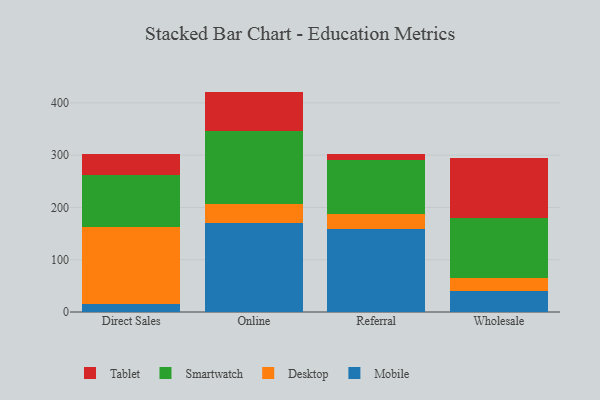
{"axis": {"x": "Channel", "y": "Population (Million)"}, "legend": ["Desktop", "Mobile", "Smartwatch", "Tablet"], "data": [{"x": "Direct Sales", "y": 16.1, "type": "Mobile"}, {"x": "Direct Sales", "y": 145.9, "type": "Desktop"}, {"x": "Direct Sales", "y": 100.7, "type": "Smartwatch"}, {"x": "Direct Sales", "y": 40.0, "type": "Tablet"}, {"x": "Online", "y": 169.4, "type": "Mobile"}, {"x": "Online", "y": 37.2, "type": "Desktop"}, {"x": "Online", "y": 139.0, "type": "Smartwatch"}, {"x": "Online", "y": 75.9, "type": "Tablet"}, {"x": "Referral", "y": 158.2, "type": "Mobile"}, {"x": "Referral", "y": 28.8, "type": "Desktop"}, {"x": "Referral", "y": 103.0, "type": "Smartwatch"}, {"x": "Referral", "y": 11.4, "type": "Tablet"}, {"x": "Wholesale", "y": 40.5, "type": "Mobile"}, {"x": "Wholesale", "y": 24.1, "type": "Desktop"}, {"x": "Wholesale", "y": 115.0, "type": "Smartwatch"}, {"x": "Wholesale", "y": 114.1, "type": "Tablet"}]}